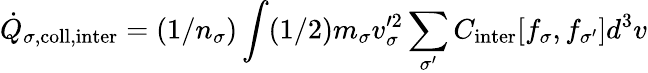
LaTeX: \dot{Q}_{\sigma,\mathrm{coll,inter}}=(1/n_{\sigma})\int(1/2)m_{\sigma}v_{\sigma}^{\prime 2}\sum_{\sigma^{\prime}}C_{\mathrm{inter}}[f_{\sigma},f_{\sigma^{\prime}}]d^{3}v